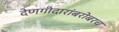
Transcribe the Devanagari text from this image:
देणगीदारांबरोबरच